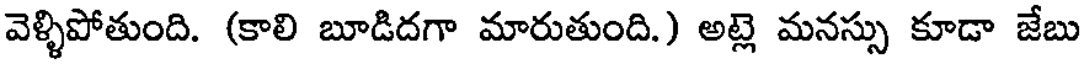
వెళ్ళిపోతుంది. (కాలి బూడిదగా మారుతుంది.) అట్లె మనస్సు కూడా జేబు